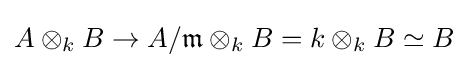
A\otimes _{k}B\to A/{\mathfrak {m}}\otimes _{k}B=k\otimes _{k}B\simeq B